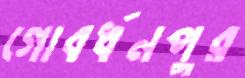
গোবর্ধনপুর